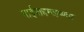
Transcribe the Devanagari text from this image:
पाईसद्दमहष्णव